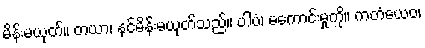
မိန်းမယုတ်။ တယာ၊ နင်မိန်းမယုတ်သည်။ ပါပံ၊ မကောင်းမှုကို။ ကတံယေဝ၊